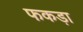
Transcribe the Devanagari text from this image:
फकड़ा